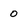
Character: 0